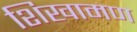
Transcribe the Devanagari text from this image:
शिखामण